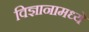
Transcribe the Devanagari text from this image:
विज्ञानामध्ये